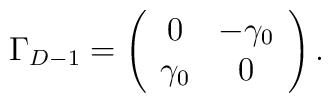
\Gamma_{D-1} = \left(\begin{array}{cc} 0 & -\gamma_0\\ \gamma_0 &0\end{array}\right).